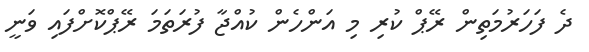
ދެ ފަހަރުމަތިން ރޭޕް ކުރި މި އަންހެން ކުއްޖާ ފުރަތަމަ ރޭޕްކޮށްފައި ވަނީ